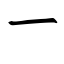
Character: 一